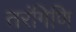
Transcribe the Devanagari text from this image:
तरंगिणि